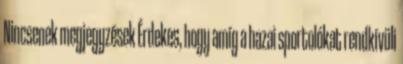
Nincsenek megjegyzések Érdekes, hogy amíg a hazai sportolókat rendkívüli